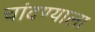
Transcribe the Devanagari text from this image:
चांदण्याला